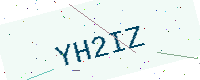
Text: YH2IZ